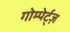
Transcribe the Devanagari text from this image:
गोम्पेर्ट्ज़